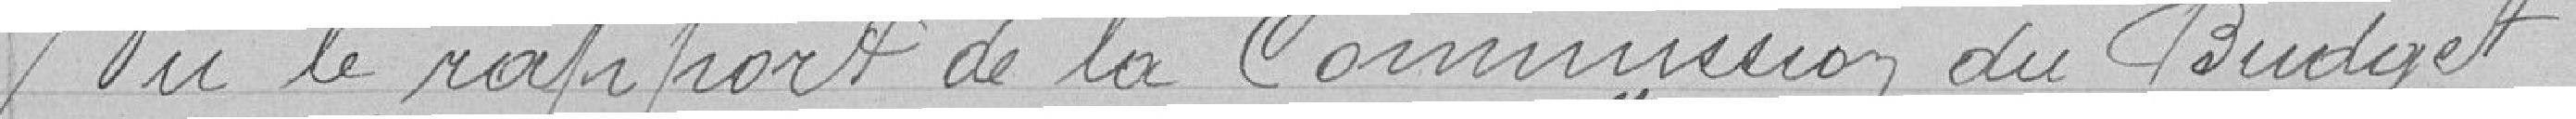
vu le rapport de la Commission du Budget